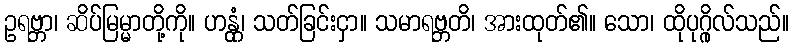
ဥရဗ္ဘာ၊ ဆိပ်မြမ္မာတို့ကို။ ဟန္တုံ၊ သတ်ခြင်းငှာ။ သမာရဗ္ဘတိ၊ အားထုတ်၏။ သော၊ ထိုပုဂ္ဂိုလ်သည်။